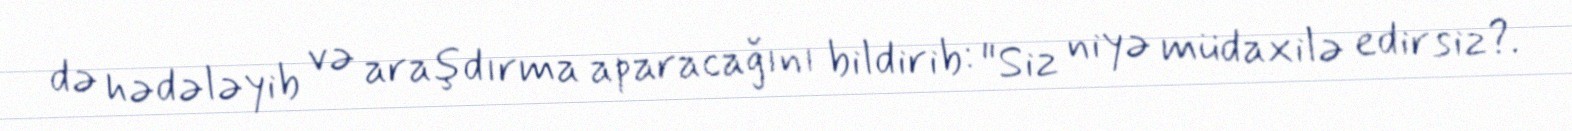
də hədələyib və araşdırma aparacağını bildirib: "Siz niyə müdaxilə edirsiz?.